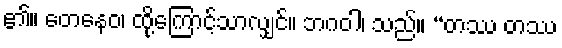
၏။ တေနေဝ၊ ထို့ကြောင့်သာလျှင်။ ဘဂဝါ၊ သည်။ “တဿ တဿ